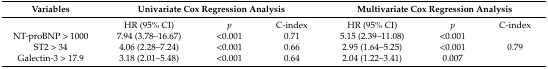
<table><thead><tr><td><b>Variables</b></td><td colspan="3"><b>Univariate Cox Regression Analysis</b></td><td colspan="3"><b>Multivariate Cox Regression Analysis</b></td></tr></thead><tbody><tr><td></td><td>HR (95% CI)</td><td><i>p</i></td><td>C-index</td><td>HR (95% CI)</td><td><i>p</i></td><td>C-index</td></tr><tr><td>NT-proBNP &gt; 1000</td><td>7.94 (3.78–16.67)</td><td>&lt;0.001</td><td>0.71</td><td>5.15 (2.39–11.08)</td><td>&lt;0.001</td><td></td></tr><tr><td>ST2 &gt; 34</td><td>4.06 (2.28–7.24)</td><td>&lt;0.001</td><td>0.66</td><td>2.95 (1.64–5.25)</td><td>&lt;0.001</td><td>0.79</td></tr><tr><td>Galectin-3 &gt; 17.9</td><td>3.18 (2.01–5.48)</td><td>&lt;0.001</td><td>0.64</td><td>2.04 (1.22–3.41)</td><td>0.007</td><td></td></tr></tbody></table>